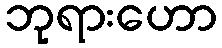
ဘုရားဟော